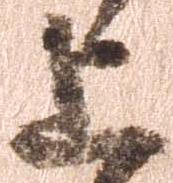
上